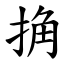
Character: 捔